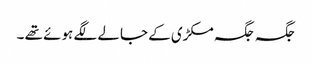
جگہ جگہ مکڑی کے جالے لگے ہوئے تھے ۔